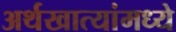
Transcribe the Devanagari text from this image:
अर्थखात्यांमध्ये